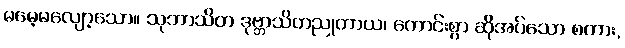
မမေ့မလျော့သော။ သုဘာသိတ ဒုဗ္ဘာသိတညုတာယ၊ ကောင်းစွာ ဆိုအပ်သော စကား,